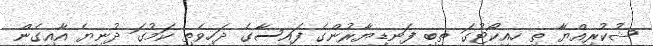
ޝުކުރިއްޔާ ތި ހއިކޯޓުގަ ތިބި ފަނޑިޔާރުންގެ ފައިސާގެ ދަހިވެތި ކަމުގަ ދުނިޔެ އާއިގެން